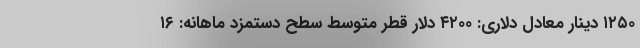
۱۲۵۰ دینار معادل دلاری: ۴۲۰۰ دلار قطر متوسط سطح دستمزد ماهانه: ۱۶